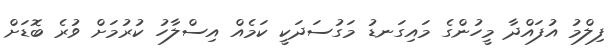
ފިލްމު އުފައްދާ މީހުންގެ މައިގަނޑު މަގުސަދަކީ ކަމެއް އިސްލާހު ކުރުމަށް ވުރެ ބޮޑަށް